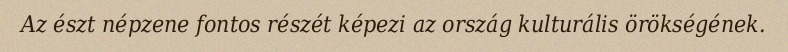
Az észt népzene fontos részét képezi az ország kulturális örökségének.